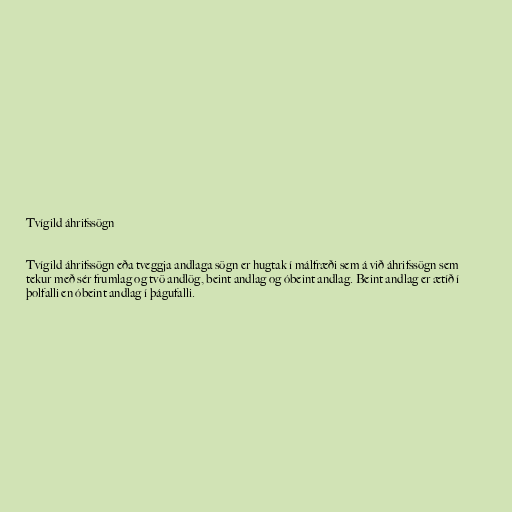
Tvígild áhrifssögn

Tvígild áhrifssögn eða tveggja andlaga sögn er hugtak í málfræði sem á við áhrifssögn sem
tekur með sér frumlag og tvö andlög, beint andlag og óbeint andlag. Beint andlag er ætíð í
þolfalli en óbeint andlag í þágufalli.